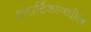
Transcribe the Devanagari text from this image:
अंटार्टिकामधील